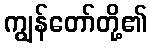
ကျွန်တော်တို့၏